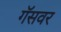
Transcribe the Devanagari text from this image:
गॅसवर